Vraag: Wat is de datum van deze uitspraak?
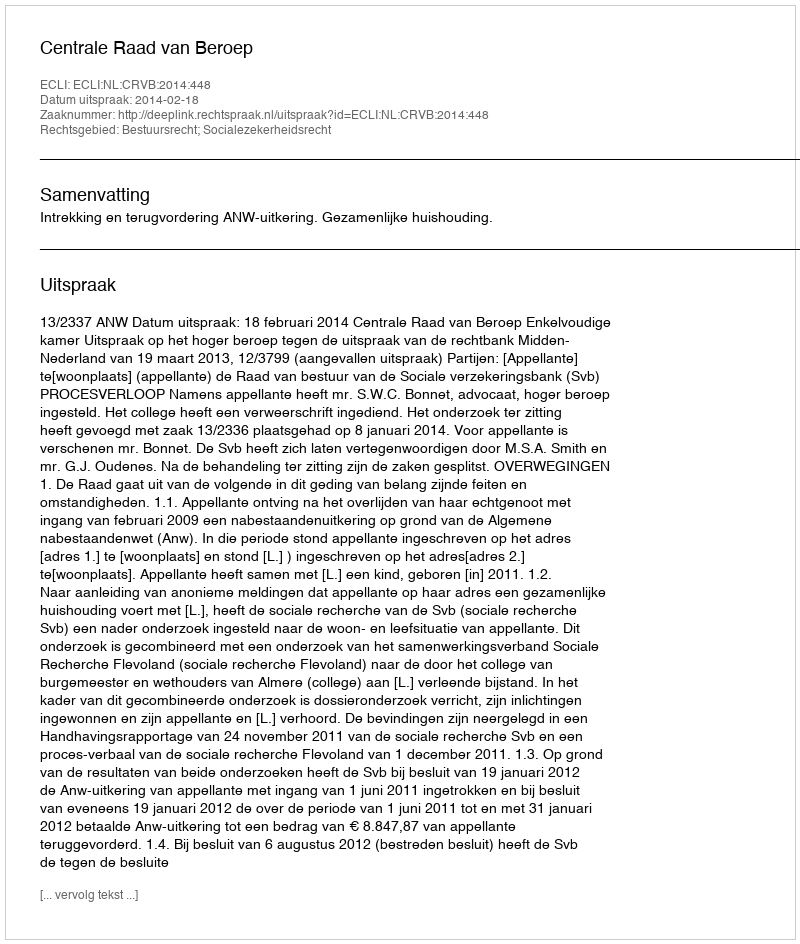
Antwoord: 2014-02-18